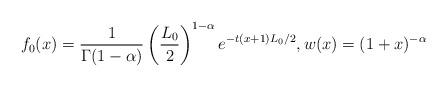
LaTeX: \begin{align*}f_0(x)= \frac1{\Gamma(1-\alpha)}\left(\frac{L_0}{2}\right)^{1-\alpha}e^{-t(x+1)L_0/2}, w(x)=(1+x)^{-\alpha}\end{align*}